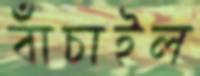
বাঁচাইল